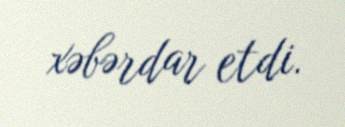
xəbərdar etdi.